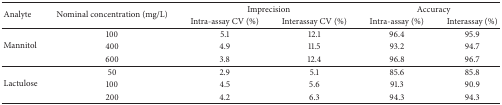
<table><thead><tr><td rowspan="2"><b>Analyte</b></td><td rowspan="2"><b>Nominal concentration (mg/L)</b></td><td colspan="2"><b>Imprecision</b></td><td colspan="2"><b>Accuracy</b></td></tr><tr><td><b>Intra-assay CV (%)</b></td><td><b>Interassay CV (%)</b></td><td><b>Intra-assay (%)</b></td><td><b>Interassay (%)</b></td></tr></thead><tbody><tr><td rowspan="3">Mannitol</td><td>100</td><td>5.1</td><td>12.1</td><td>96.4</td><td>95.9</td></tr><tr><td>400</td><td>4.9</td><td>11.5</td><td>93.2</td><td>94.7</td></tr><tr><td>600</td><td>3.8</td><td>12.4</td><td>96.8</td><td>96.7</td></tr><tr><td rowspan="3">Lactulose</td><td>50</td><td>2.9</td><td>5.1</td><td>85.6</td><td>85.8</td></tr><tr><td>100</td><td>4.5</td><td>5.6</td><td>91.3</td><td>90.9</td></tr><tr><td>200</td><td>4.2</td><td>6.3</td><td>94.3</td><td>94.3</td></tr></tbody></table>